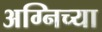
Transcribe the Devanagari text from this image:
अग्निच्या